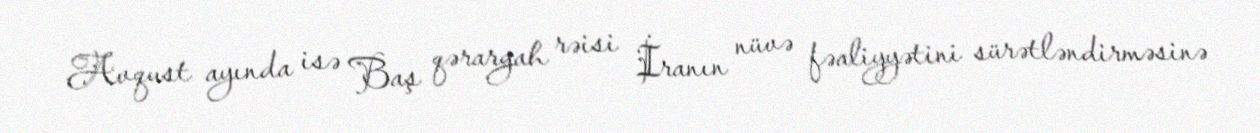
Avqust ayında isə Baş qərargah rəisi İranın nüvə fəaliyyətini sürətləndirməsinə